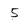
Character: 5